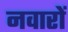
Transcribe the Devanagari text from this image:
नवारों